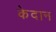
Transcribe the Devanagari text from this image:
केदान